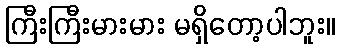
ကြီးကြီးမားမား မရှိတော့ပါဘူး။